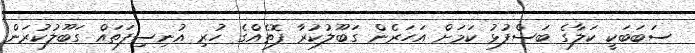
ސަބަބަކީ ކަލާގެ ބަސްފުޅު ކަމަށް އަހަރެން ގަބޫލުކުރާ ފޮތެއްގެ ހުރި އުނިސިފަތައް ގަބޫލުކުރަން